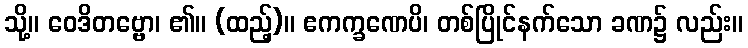
သို့။ ဝေဒိတဗ္ဗော၊ ၏။ (ထည့်)။ ဧကက္ခဏေပိ၊ တစ်ပြိုင်နက်သော ခဏ၌ လည်း။